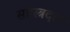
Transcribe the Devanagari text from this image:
सहस्त्रदल